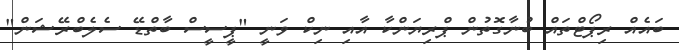
ބައެއް ރިޕޯޓްތައް ބުނާގޮތުން ޕްރިޔަންކާ އާއި ނިކް ވަނީ "ޕީސީސް ބާތްޑޭ ސެލެބްރޭޝަން"